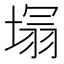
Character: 𭏕